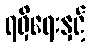
ရရှိရေးနှင့်